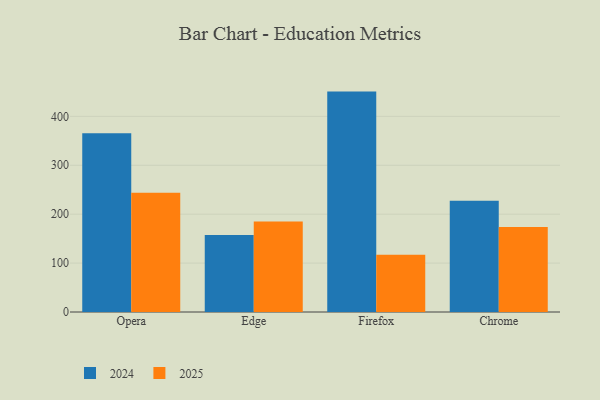
{"axis": {"x": "Browser", "y": "Shipments"}, "legend": ["2024", "2025"], "data": [{"x": "Opera", "y": 365.6, "type": "2024"}, {"x": "Opera", "y": 243.9, "type": "2025"}, {"x": "Edge", "y": 157.6, "type": "2024"}, {"x": "Edge", "y": 184.9, "type": "2025"}, {"x": "Firefox", "y": 450.7, "type": "2024"}, {"x": "Firefox", "y": 116.9, "type": "2025"}, {"x": "Chrome", "y": 227.6, "type": "2024"}, {"x": "Chrome", "y": 174.0, "type": "2025"}]}